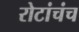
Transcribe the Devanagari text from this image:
रोटांचंच